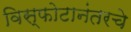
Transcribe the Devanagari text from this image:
विस्फोटानंतरचे